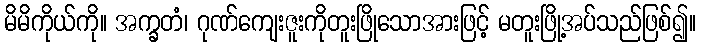
မိမိကိုယ်ကို။ အက္ခတံ၊ ဂုဏ်ကျေးဇူးကိုတူးဖြိုသောအားဖြင့် မတူးဖြို့အပ်သည်ဖြစ်၍။